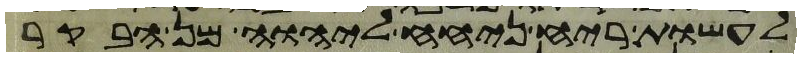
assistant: לעשות ריח ניחח ליהוה מן הבקר